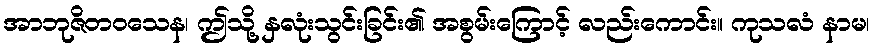
အာဘုဇိတဝသေန၊ ဤသို့ နှလုံးသွင်းခြင်း၏ အစွမ်းကြောင့် လည်းကောင်း။ ကုသလံ နာမ၊